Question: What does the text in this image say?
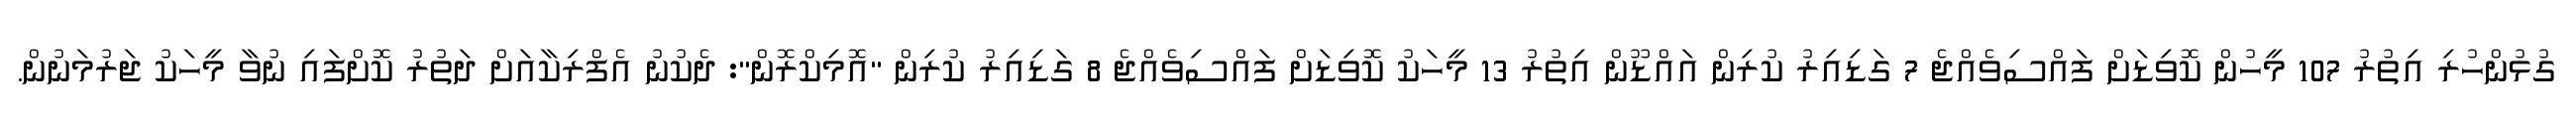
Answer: ގުޅުންހުރި އިތުރު 107 މީހުން ކޮވިޑަށް ފައްސިވެއްޖެ 7 ގަޑިއިރު ކުރިން އައްޑޫން އިތުރު 13 މީހަކު ކޮވިޑަށް ފައްސިވެއްޖެ 8 ގަޑިއިރު ކުރިން "އޮމިކްރޮން": ދެކުނު އެފްރިކާއަށް ދަތުރު ކޮށްފައި ނުވާ މީހަކު ޖަރުމަނުން.